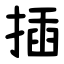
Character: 插